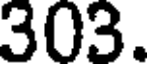
303.